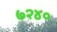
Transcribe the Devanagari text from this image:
७२४०